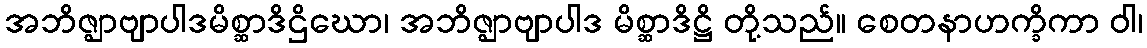
အဘိဇ္ဈာဗျာပါဒမိစ္ဆာဒိဌိဃော၊ အဘိဇ္ဈာဗျာပါဒ မိစ္ဆာဒိဋ္ဌိ တို့သည်။ စေတနာဟက္ခိကာ ဝါ၊